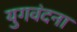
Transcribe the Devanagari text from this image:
युगवंदना